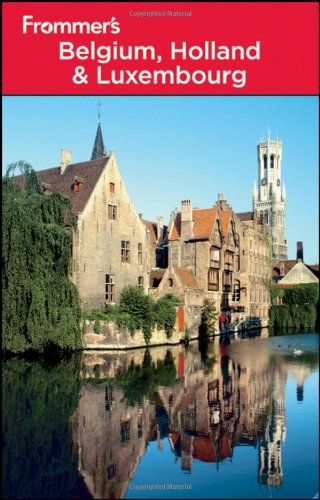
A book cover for Frommer's Belgium, Holland and Luxembourg (Frommer's Complete Guides); George McDonald; Travel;